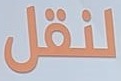
للنقل